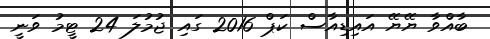
ބާއްވާ ޔޭޔޭ އައިޑިއާސް ކަޕް 2016 ގައި ޖުމުލަ 24 ޓީމު ވަނީ